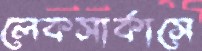
লেকসার্কাসে